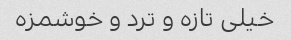
خیلی تازه و ترد و خوشمزه